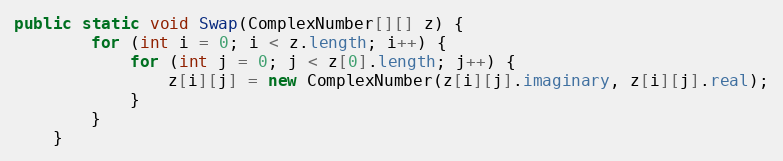
Language: Java
public static void Swap(ComplexNumber[][] z) {
        for (int i = 0; i < z.length; i++) {
            for (int j = 0; j < z[0].length; j++) {
                z[i][j] = new ComplexNumber(z[i][j].imaginary, z[i][j].real);
            }
        }
    }